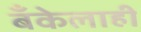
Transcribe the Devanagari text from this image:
बँकेलाही